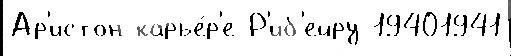
Ар'истон карье́р'е Р'иб'ейру 19401941